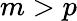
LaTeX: m>p